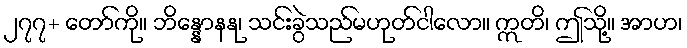
၂၇၇+ တော်ကို။ ဘိန္နောနနု၊ သင်းခွဲသည်မဟုတ်ငါလော။ ဣတိ၊ ဤသို့။ အာဟ၊